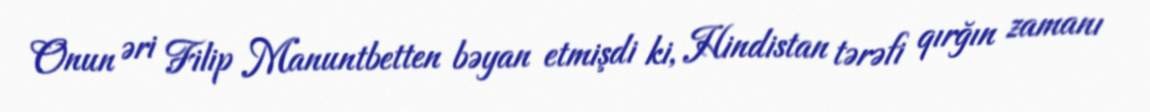
Onun əri Filip Manuntbetten bəyan etmişdi ki, Hindistan tərəfi qırğın zamanı